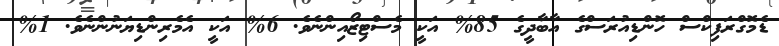
ޑެމޮގްރަފިކްސް ހޮންޑިއުރަސްގެ އާބާދީގެ 85% އަކީ މެސްޓިޒޯއިންނެވެ. 6% އަކީ އެމެރިންޑިޔަނުންނެވެ. 1%